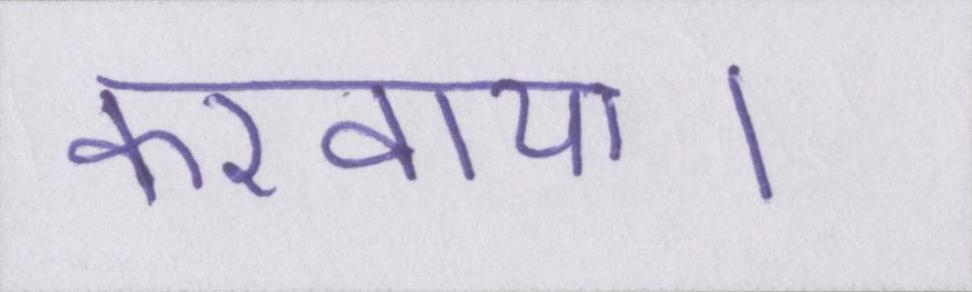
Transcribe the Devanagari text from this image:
करवाया।